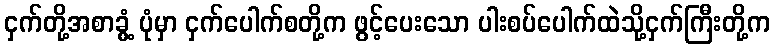
ငှက်တို့အစာခွံ့ ပုံမှာ ငှက်ပေါက်စတို့က ဖွင့်ပေးသော ပါးစပ်ပေါက်ထဲသို့ငှက်ကြီးတို့က